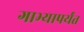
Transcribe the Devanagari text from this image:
गाभ्यापर्यंत